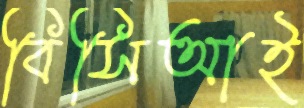
বিসিআই